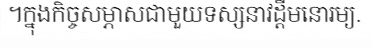
។ក្នុងកិច្ចសម្ភាសជាមួយទស្សនាវដ្តីមនោរម្យ.